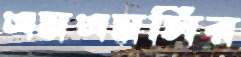
এমএমসির